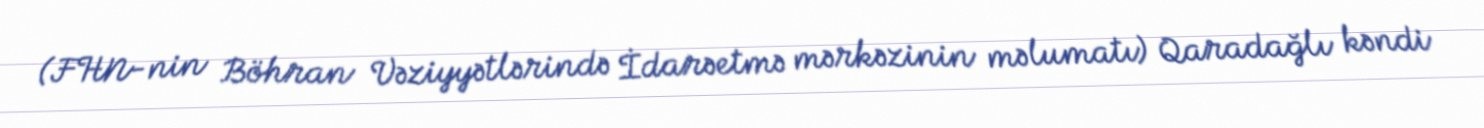
(FHN-nin Böhran Vəziyyətlərində İdarəetmə mərkəzinin məlumatı) Qaradağlı kəndi